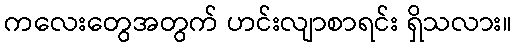
ကလေးတွေအတွက် ဟင်းလျာစာရင်း ရှိသလား။